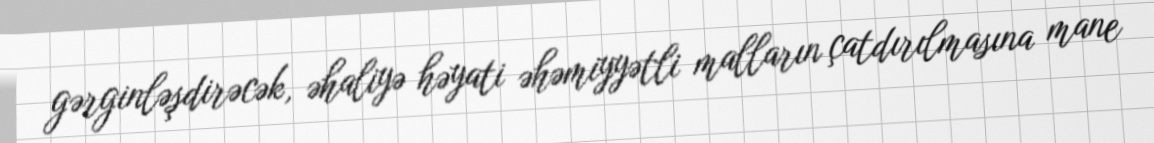
gərginləşdirəcək, əhaliyə həyati əhəmiyyətli malların çatdırılmasına mane